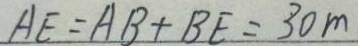
A E = A B + B E = 3 0 m